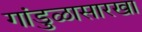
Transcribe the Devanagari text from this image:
गांडुळासारखा